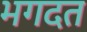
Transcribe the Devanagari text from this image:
भगदत